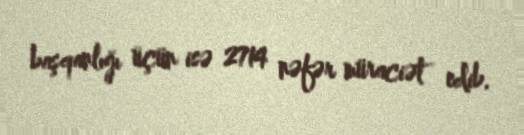
başqanlığı üçün isə 2714 nəfər müraciət edib.